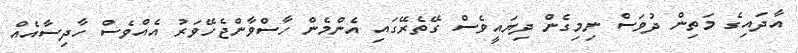
އާދައިގެ މަތިން ދުވަސް ނިމިގެން ދިޔައީވެސް ގޭތެރޭގައި އެންމެން ހާސްވާންޖެހޭވަރު އެއްވެސް ހާދިސާއެއް